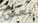
بعض